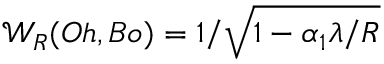
{ \mathcal { W } } _ { R } ( O h , B o ) = 1 / \sqrt { 1 - \alpha _ { 1 } \lambda / R }